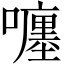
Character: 𡃚